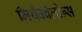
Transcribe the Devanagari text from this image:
मिथैक्वैलोन्स